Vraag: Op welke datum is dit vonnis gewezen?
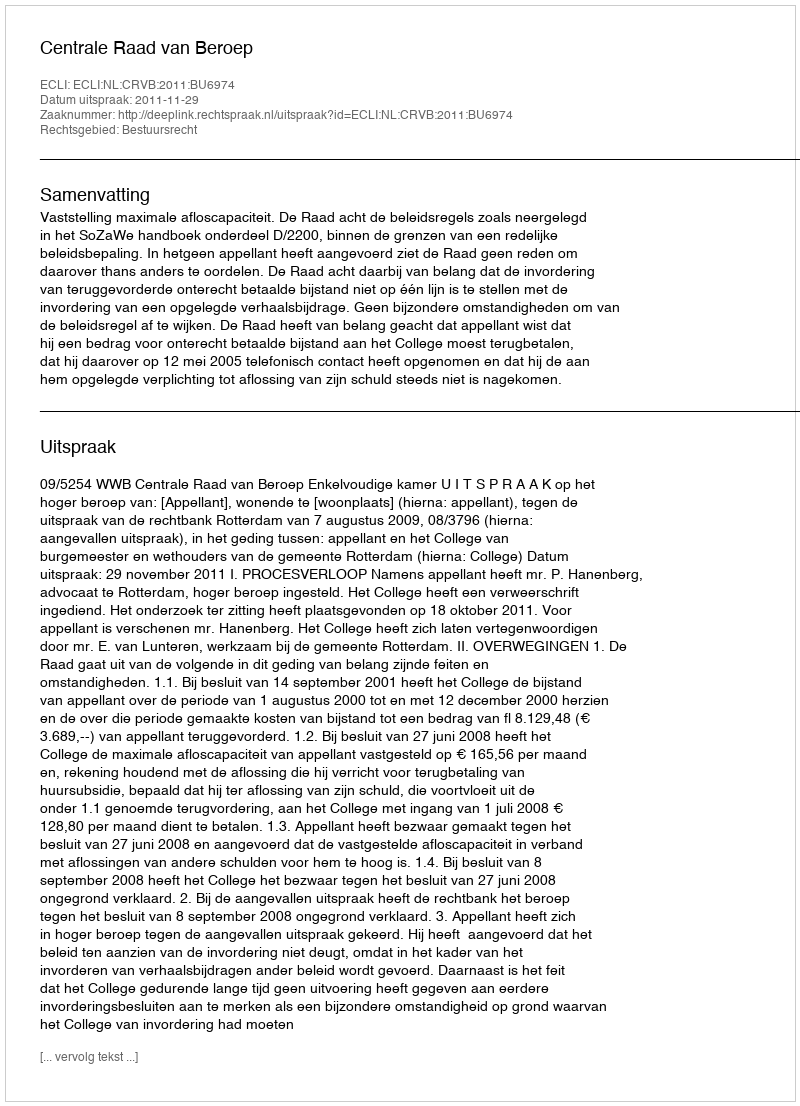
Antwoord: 2011-11-29